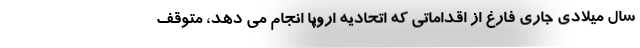
سال میلادی جاری فارغ از اقداماتی که اتحادیه اروپا انجام می دهد، متوقف